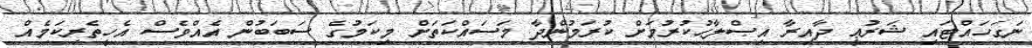
ނަގަހައްޓައި ޝަރުޢީ ދާއިރާ އިޞްލާޙުކުރުމަށް ކުރަމުންދާ މަސައްކަތަށް މިކަމުގެ ސަބަބުން އެއްވެސް އެހީތެރިކަމެއް